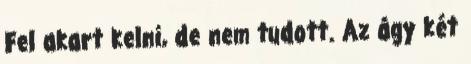
Fel akart kelni, de nem tudott. Az ágy két